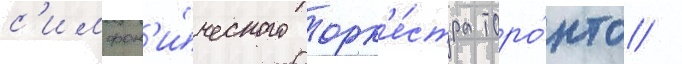
с'имфон'и́ческого орк'е́стра торо́нто /